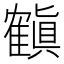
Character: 𬯳